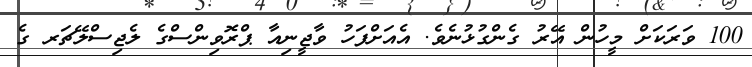
100 ވަރަކަށް މީހުން އޭރު ގެންގުޅުނެވެ. އެއަށްފަހު ވާޖީނިއާ ޕްރޮވިންސްގެ ލެޖިސްލޭޗަރ ގެ